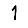
Digit: 1